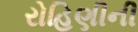
રોહિણીની